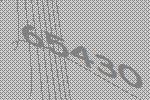
65430